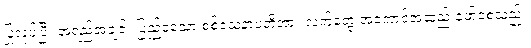
ပြုလုပ်ပြီး အရည်အချင်း ပြည့်ဝသော စစ်သေနာပတိအား လက်တွေ့ အကောင်အထည် ဖော်စေသည်။